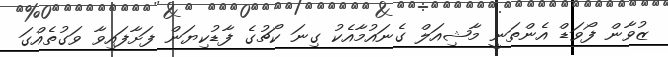
ޒުވާން ފޯވަޑް އެންތަނީ މާޝިއަލް ގެނައުމާއެކު ގިނަ ކޯޗުގެ ފާޑުކިޔަން ފަށާފައިވާ ވަގުތެއްގަ